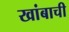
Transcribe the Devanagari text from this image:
खांबाची